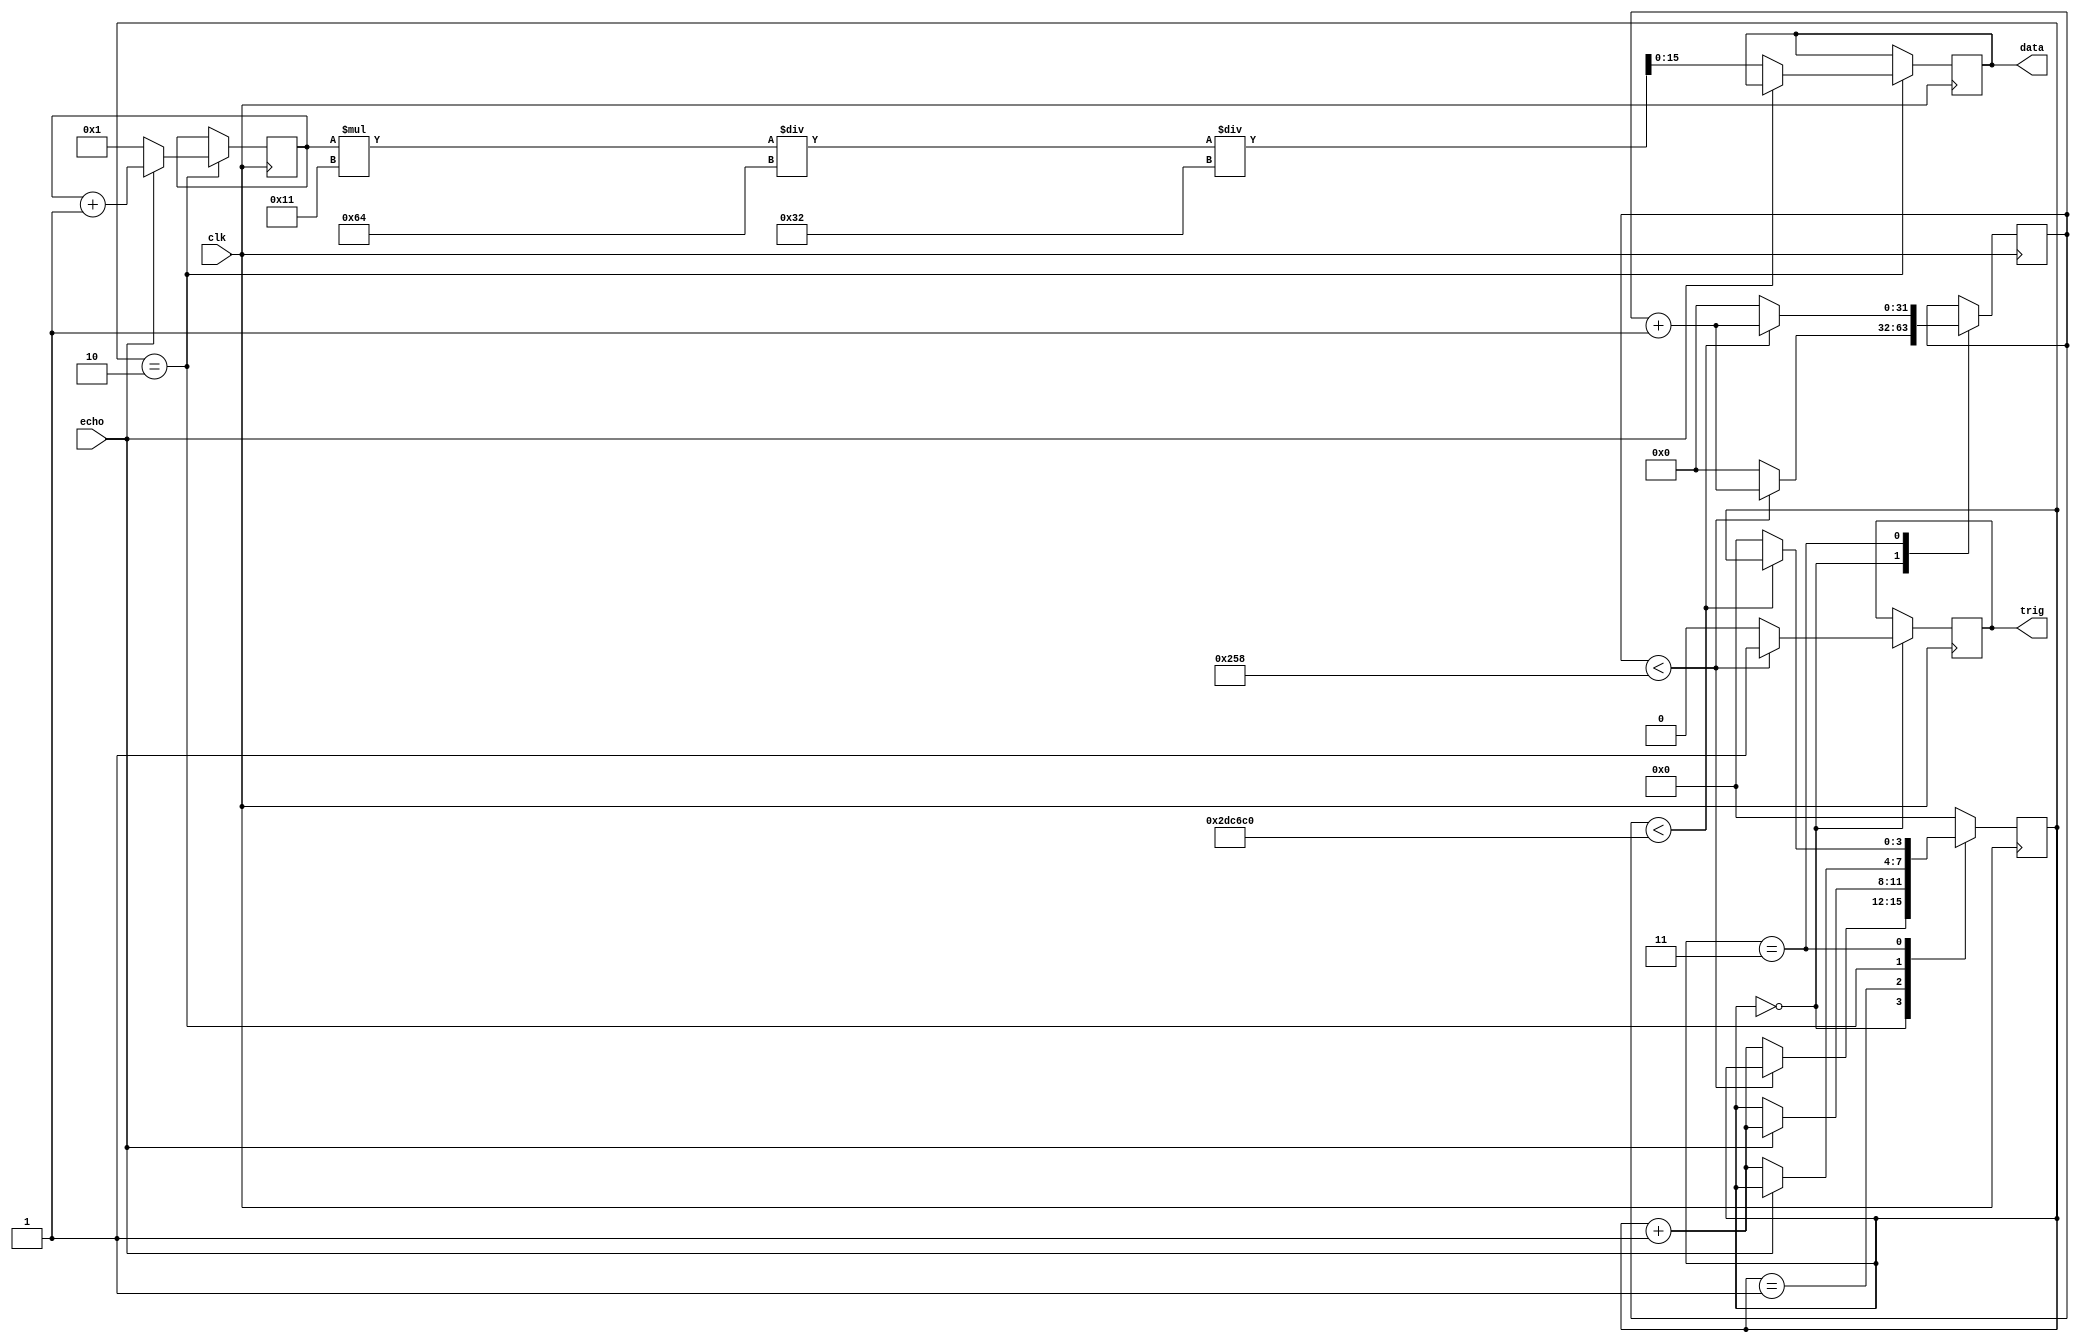
module hc_sr04_ctr#(
	parameter CLK_FRE = 50
	)(
	input 				clk,
	input 				echo,
	output reg 			trig,
	output reg [15:0] 	data );
	
	reg [3:0] state = 0;
	reg [31:0] clk_delay = 0;
	
	reg [31:0] echo_cnt = 1;
	
	always@(posedge clk)
		case(state)
			4'd0://10us12us
				if(clk_delay < 12 * CLK_FRE)begin
					clk_delay = clk_delay + 32'd1;
					trig = 1'b1;
					state = state;
				end
				else begin
					clk_delay = 32'd0;
					trig = 1'b0;
					state = state + 4'd1;
				end
			
			4'd1://
				if(echo)
					state = state + 4'd1;
			
			4'd2://
			begin
				if(echo)
					echo_cnt = echo_cnt + 32'd1;
				else begin
			
					data = echo_cnt * 16'd17 / 16'd1_00 / CLK_FRE;// * 340MM/MS /  1000 /  2
					echo_cnt = 32'd1;
					state = state + 4'd1;
				end
			end
			
			4'd3:////60MS
				if(clk_delay < 32'd60 * 32'd1_000 *  CLK_FRE)
					clk_delay = clk_delay + 32'd1;
				else begin
					clk_delay = 32'd0;
					state = 4'd0;
				end
			
			default: state = 4'd0;
		endcase
	
endmodule